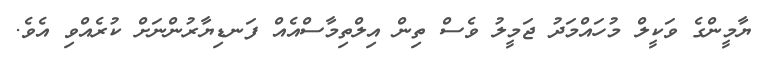
ޔާމީންގެ ވަކީލް މުހައްމަދު ޖަމީލު ވެސް ތިން އިލްތިމާސްއެއް ފަނޑިޔާރުންނަށް ކުރެއްވި އެވެ.